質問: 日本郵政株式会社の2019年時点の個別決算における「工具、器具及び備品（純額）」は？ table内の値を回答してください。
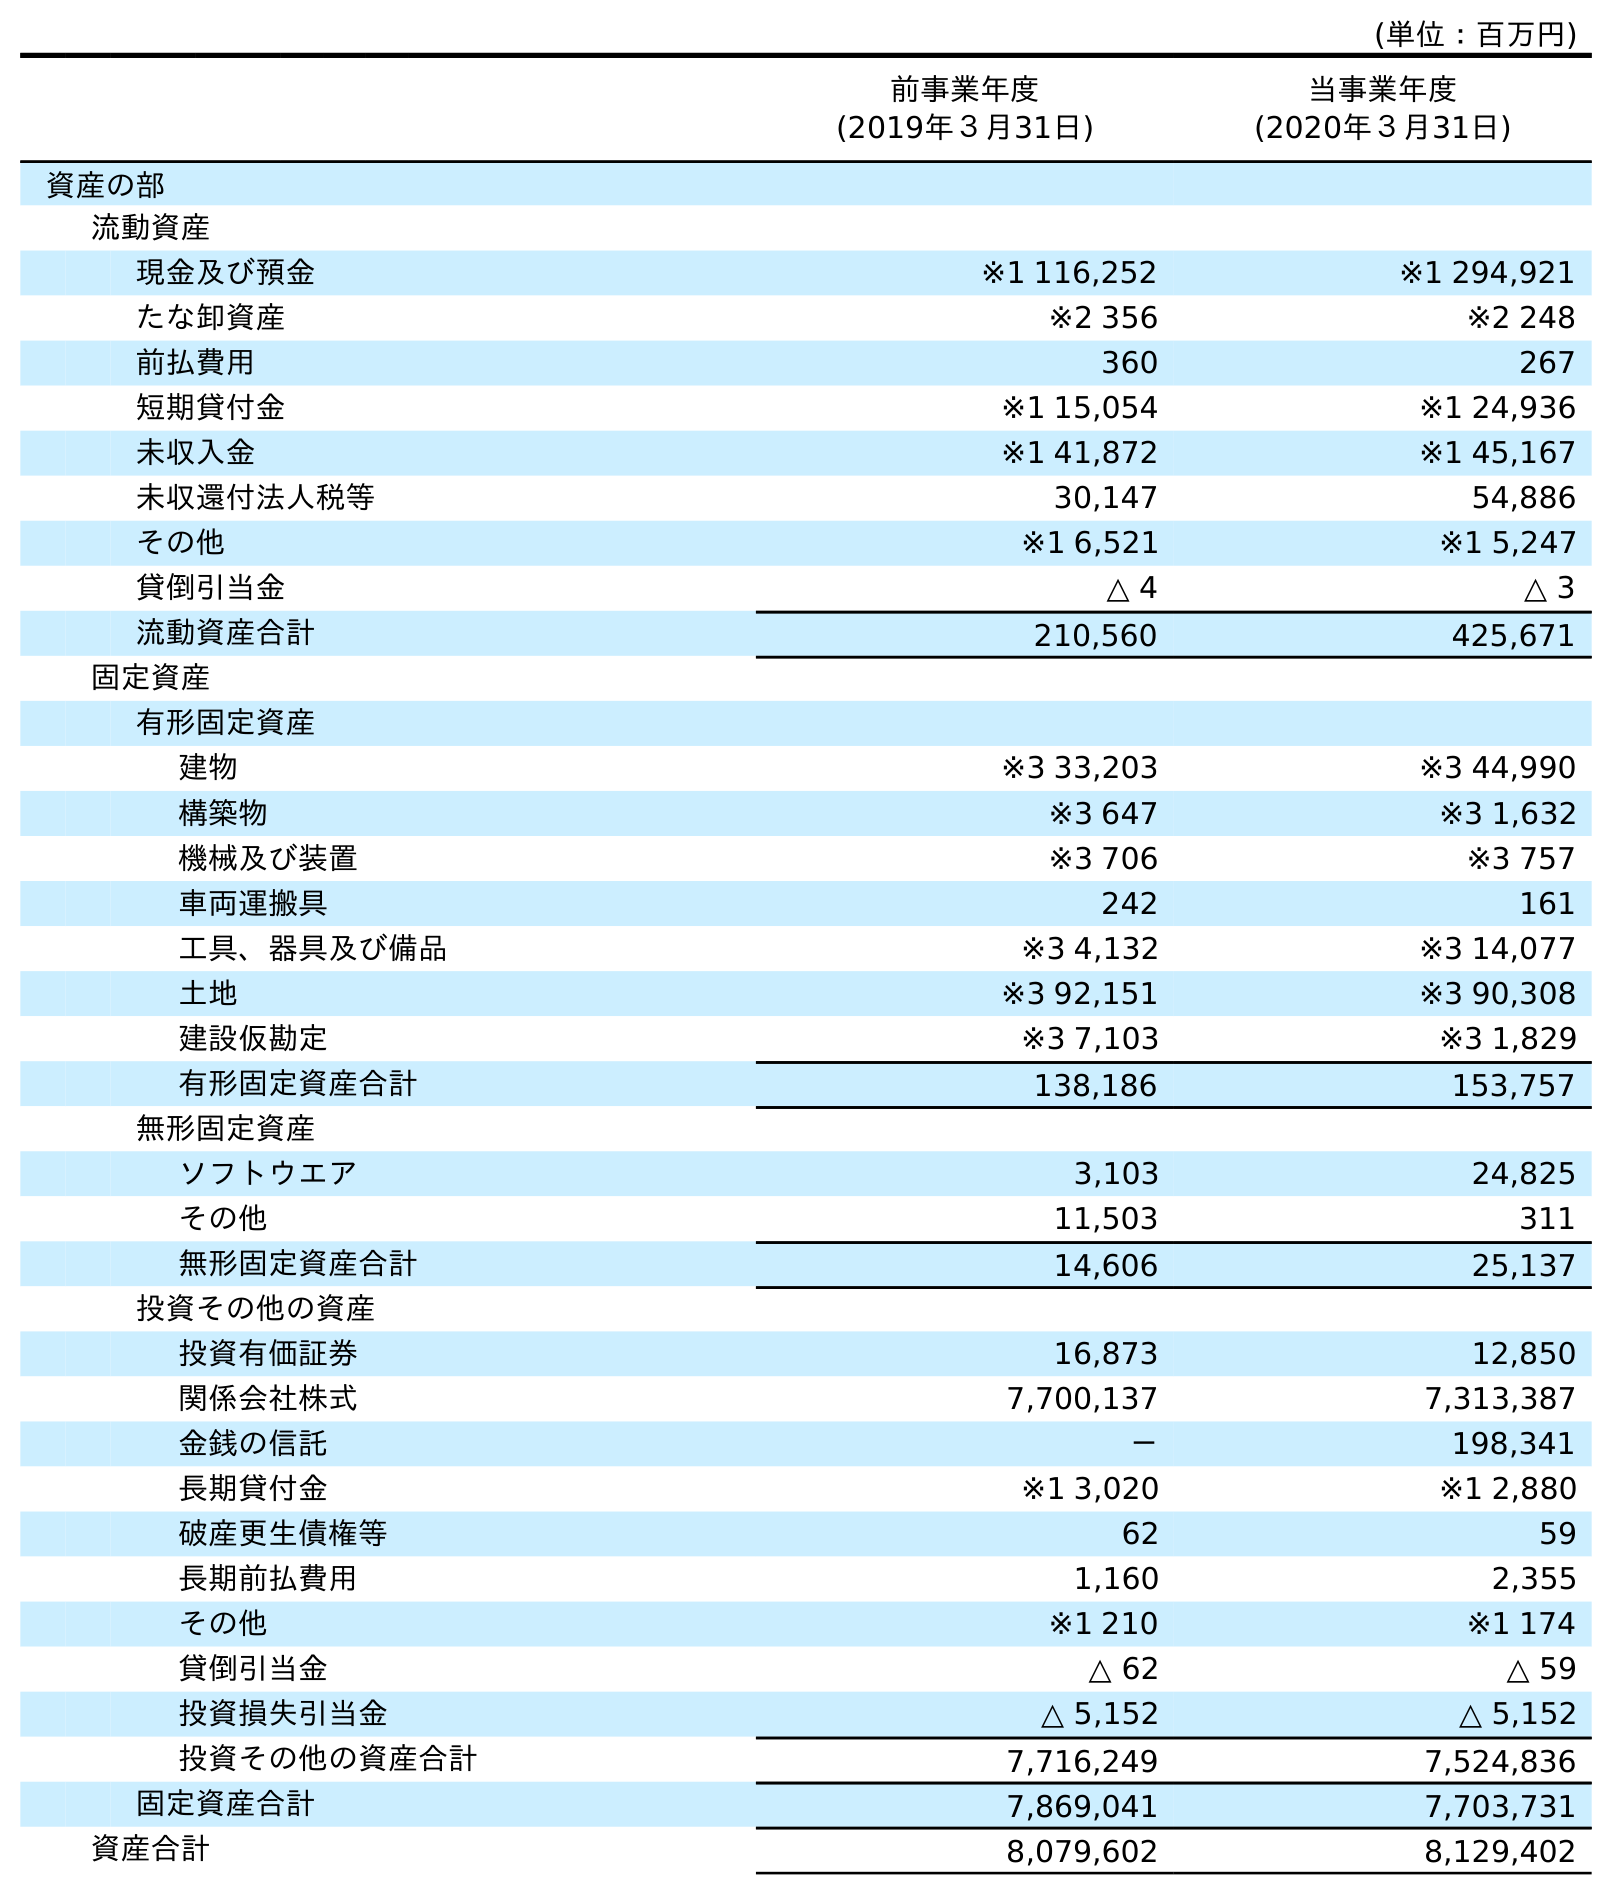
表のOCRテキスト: (単位：百万円) 前事業年度 (2019年３月31日) 当事業年度 (2020年３月31日) 資産の部 流動資産 現金及び預金 ※1 116,252 ※1 294,921 たな卸資産 ※2 356 ※2 248 前払費用 360 267 短期貸付金 ※1 15,054 ※1 24,936 未収入金 ※1 41,872 ※1 45,167 未収還付法人税等 30,147 54,886 その他 ※1 6,521 ※1 5,247 貸倒引当金 △ 4 △ 3 流動資産合計 210,560 425,671 固定資産 有形固定資産 建物 ※3 33,203 ※3 44,990 構築物 ※3 647 ※3 1,632 機械及び装置 ※3 706 ※3 757 車両運搬具 242 161 工具、器具及び備品 ※3 4,132 ※3 14,077 土地 ※3 92,151 ※3 90,308 建設仮勘定 ※3 7,103 ※3 1,829 有形固定資産合計 138,186 153,757 無形固定資産 ソフトウエア 3,103 24,825 その他 11,503 311 無形固定資産合計 14,606 25,137 投資その他の資産 投資有価証券 16,873 12,850 関係会社株式 7,700,137 7,313,387 金銭の信託 － 198,341 長期貸付金 ※1 3,020 ※1 2,880 破産更生債権等 62 59 長期前払費用 1,160 2,355 その他 ※1 210 ※1 174 貸倒引当金 △ 62 △ 59 投資損失引当金 △ 5,152 △ 5,152 投資その他の資産合計 7,716,249 7,524,836 固定資産合計 7,869,041 7,703,731 資産合計 8,079,602 8,129,402
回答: ※34,132